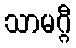
သာမဂ္ဂီ